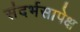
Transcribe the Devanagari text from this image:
संदर्भसापेक्ष